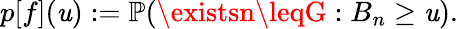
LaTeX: p[f](\mathit{u}):=\mathbb{{P}}(\existsn\leqG:B_{n}\geq\mathit{u}).